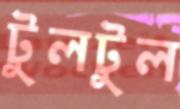
টুলটুল